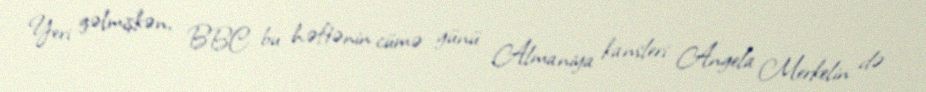
Yeri gəlmişkən, BBC bu həftənin cümə günü Almaniya kansleri Angela Merkelin də